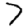
Digit: 7